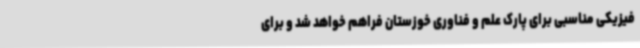
فیزیکی مناسبی برای پارک علم و فناوری خوزستان فراهم خواهد شد و برای